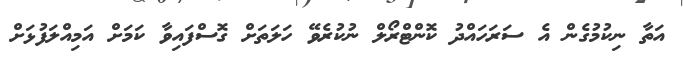
އަތާ ނިކުމުގެން އެ ސަރަހައްދު ކޮންޓްރޯލް ނުކުރެވޭ ހަލަތަށް ގޮސްފައިވާ ކަމަށް އަމިއްލަފުޅަށް